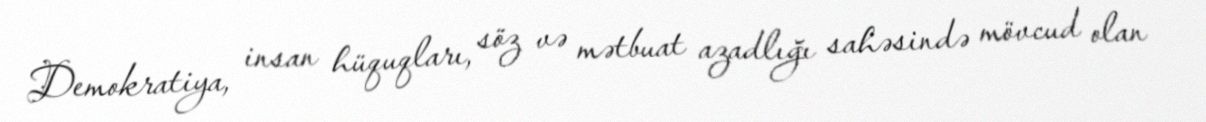
Demokratiya, insan hüquqları, söz və mətbuat azadlığı sahəsində mövcud olan